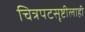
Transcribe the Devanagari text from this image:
चित्रपटसृष्टीलाही